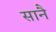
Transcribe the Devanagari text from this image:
सानै